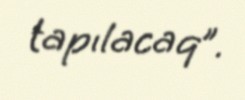
tapılacaq”.